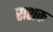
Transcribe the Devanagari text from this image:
राशक